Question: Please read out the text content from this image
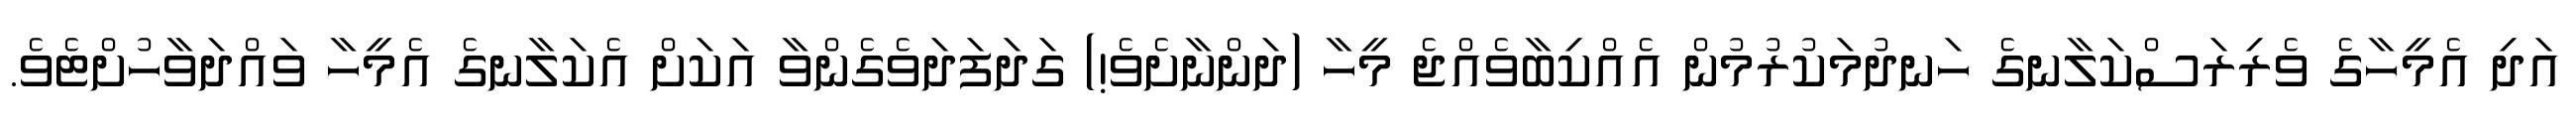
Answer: އަދި އެމީހާގެ ވެރިރަސްކަލާނގެ ހަނދުމަކުރުމުން އެއްކިބާވެއްޖެ މީހާ (ދަންނާށެވެ!) ގަދަފަދަވެގެންވާ އަކަށް އެކަލާނގެ އެމީހާ ވައްދަވާހުށްޓެވެ.